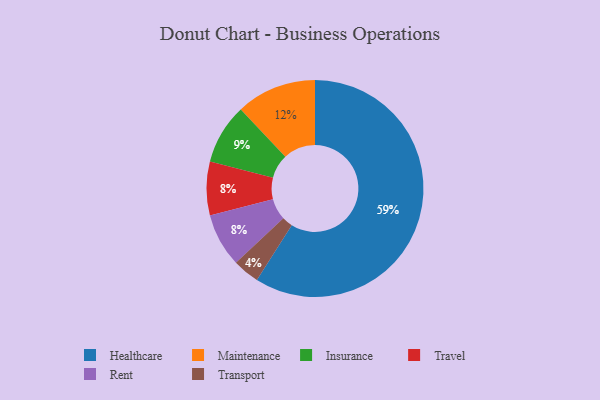
{"axis": {"x": "Category", "y": "Percentage"}, "legend": ["Healthcare", "Insurance", "Maintenance", "Rent", "Transport", "Travel"], "data": [{"x": "Maintenance", "y": 12, "type": "Maintenance"}, {"x": "Travel", "y": 8, "type": "Travel"}, {"x": "Insurance", "y": 9, "type": "Insurance"}, {"x": "Transport", "y": 4, "type": "Transport"}, {"x": "Rent", "y": 8, "type": "Rent"}, {"x": "Healthcare", "y": 59, "type": "Healthcare"}]}